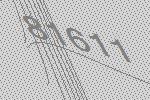
81611